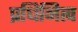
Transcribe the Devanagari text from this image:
प्रधिनित्व